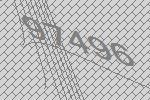
97496